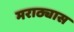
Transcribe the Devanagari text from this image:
मराठ्यास